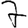
Digit: 7